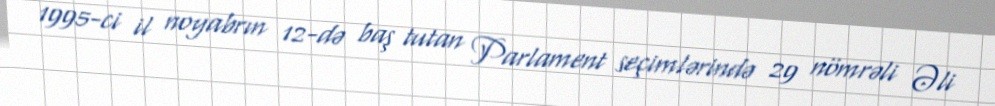
1995-ci il noyabrın 12-də baş tutan Parlament seçimlərində 29 nömrəli Əli